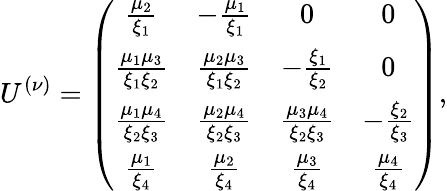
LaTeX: U^{(\nu)}=\left(\begin{array}{cccc}{{{\frac{\mu_{2}}{\xi_{1}}}}}&{{-{\frac{\mu_{1}}{\xi_{1}}}}}&{{0}}&{{0}}\\ {{{\frac{\mu_{1}\mu_{3}}{\xi_{1}\xi_{2}}}}}&{{{\frac{\mu_{2}\mu_{3}}{\xi_{1}\xi_{2}}}}}&{{-{\frac{\xi_{1}}{\xi_{2}}}}}&{{0}}\\ {{{\frac{\mu_{1}\mu_{4}}{\xi_{2}\xi_{3}}}}}&{{{\frac{\mu_{2}\mu_{4}}{\xi_{2}\xi_{3}}}}}&{{{\frac{\mu_{3}\mu_{4}}{\xi_{2}\xi_{3}}}}}&{{-{\frac{\xi_{2}}{\xi_{3}}}}}\\ {{{\frac{\mu_{1}}{\xi_{4}}}}}&{{{\frac{\mu_{2}}{\xi_{4}}}}}&{{{\frac{\mu_{3}}{\xi_{4}}}}}&{{{\frac{\mu_{4}}{\xi_{4}}}}}\end{array}\right),